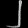
Digit: ၂